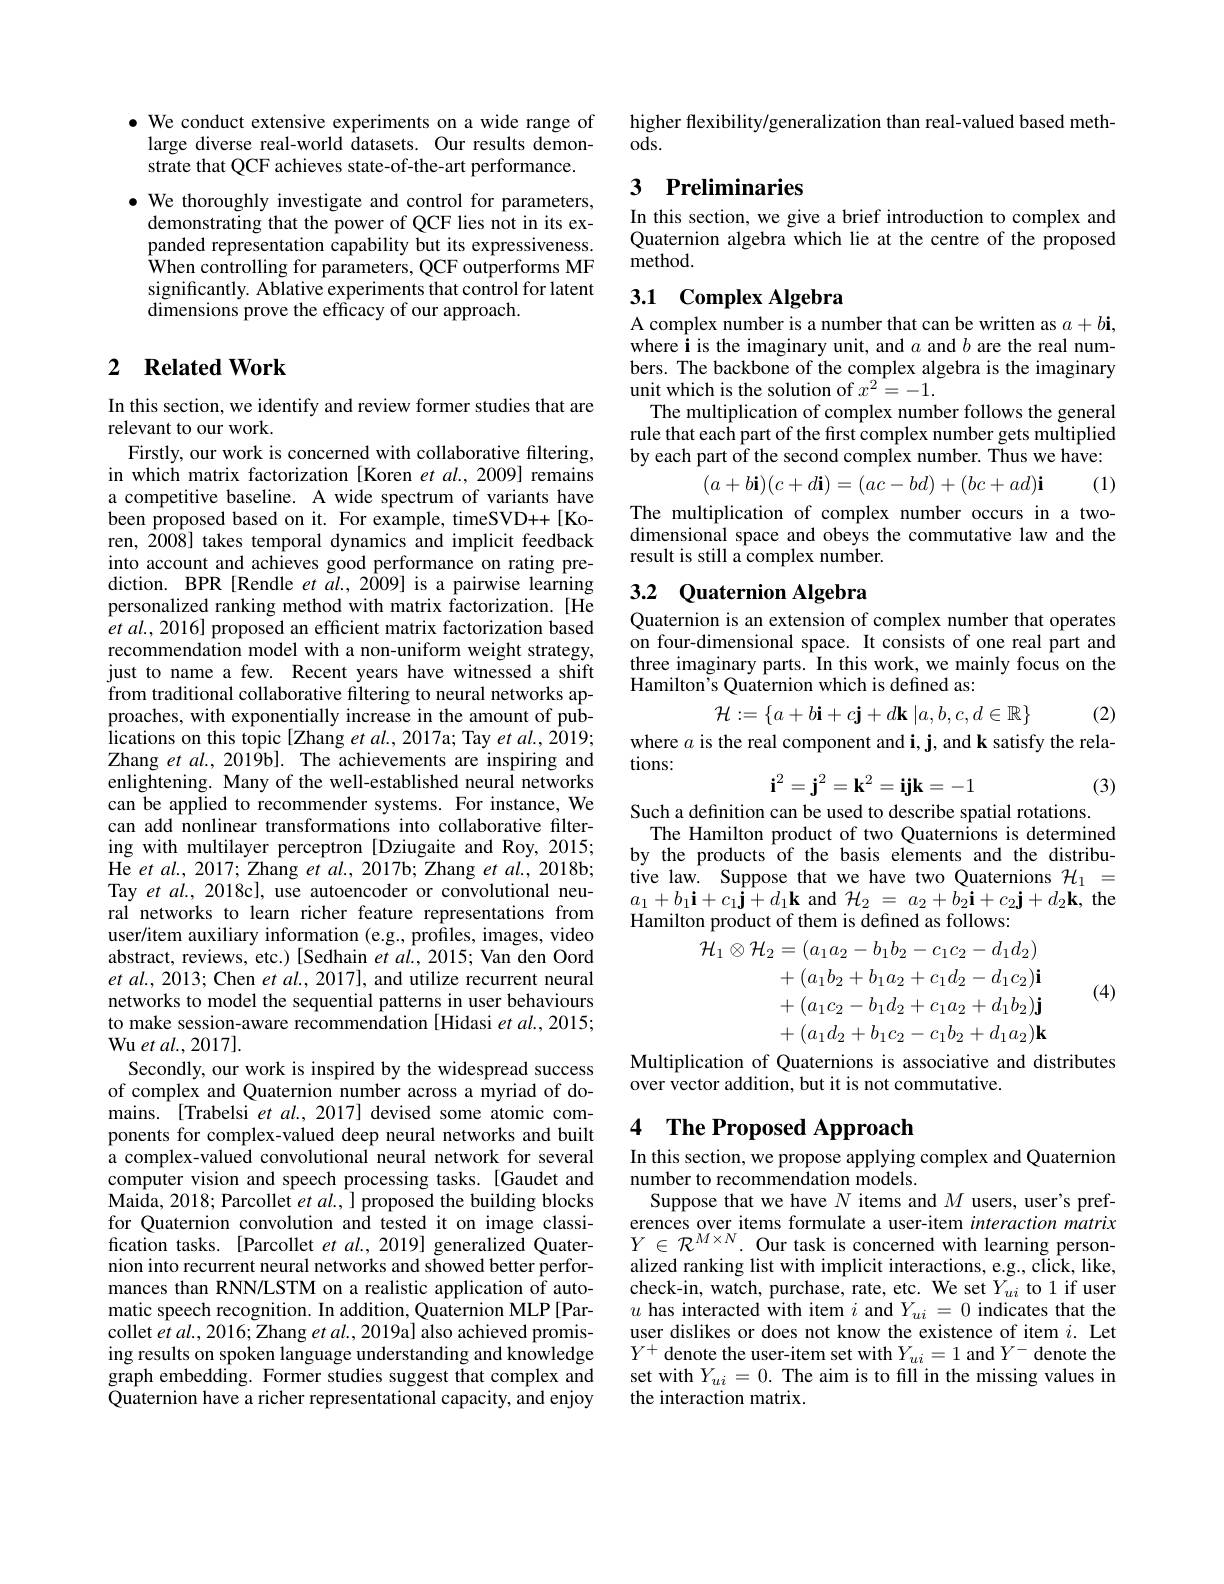
$\bullet$ We conduct extensive experiments on a wide range of
large diverse real-world datasets. Our results demon-
strate that QCF achieves state-of-the-art performance.

$\bullet$ We thoroughly investigate and control for parameters,
demonstrating that the power of QCF lies not in its expanded representation capability but its expressiveness. When controlling for parameters, QCF outperforms MF significantly. Ablative experiments that control for latent dimensions prove the efficacy of our approach.

## 2 Related Work

In this section, we identify and review former studies that are
relevant to our work.
Firstly, our work is concerned with collaborative filtering, in which matrix factorization [Koren $etal.,2009]$ remains a competitive baseline. A wide spectrum of variants have been proposed based on it. For example, timeSVD++[Ko-1] ren, 2008] takes temporal dynamics and implicit feedback into account and achieves good performance on rating prediction. BPR[Rendle et $al.,2009]$ is a pairwise learning personalized ranking method with matrix factorization. [He $etal.,2016]$ proposed an efficient matrix factorization based recommendation model with a non-uniform weight strategy, just to name a few. Recent years have witnessed a shift from traditional collaborative filtering to neural networks approaches, with exponentially increase in the amount of publications on this topic [Zhang et al., 2017a; Tay et al., 2019; Zhang $etal.,2019$bl. The achievements are inspiring and enlightening. Many of the well-established neural networks can be applied to recommender systems. For instance, We can add nonlinear transformations into collaborative filtering with multilayer perceptron [Dziugaite and Roy, 2015; ${\mathrm{He~et~al.,~2017;~Zhang~et~al.,~2017b;~Zhang~et~al.,~2018b;}}$ Tay et al., 2018c], use autoencoder or convolutional neural networks to learn richer feature representations from user/item auxiliary information (e.g., profiles, images, video abstract, reviews, etc.) [Sedhain et al., 2015; Van den Oord $et$ $al. , 2013;$ Chen $et$ $al. , 2017] $, and utilize recurrent neural networks to model the sequential patterns in user behaviours to make session-aware recommendation [Hidasi et al., 2015; $Wuetal.,2017].$
Secondly, our work is inspired by the widespread success of complex and Quaternion number across a myriad of domains. [Trabelsi et al., 2017] devised some atomic components for complex-valued deep neural networks and built a complex-valued convolutional neural network for several computer vision and speech processing tasks.[Gaudet and Maida, 2018; Parcollet $etal.$, ] proposed the building blocks for Quaternion convolution and tested it on image classification tasks. [Parcollet et al., 2019] generalized Quaternion into recurrent neural networks and showed better performances than RNN/LSTM on a realistic application of automatic speech recognition. In addition, Quaternion MLP[Parcollet et al., 2016; Zhang et al., 2019a] also achieved promising results on spoken language understanding and knowledge graph embedding. Former studies suggest that complex and Quaternion have a richer representational capacity, and enjoy

higher flexibility/generalization than real-valued based meth-
ods.

# 3 Preliminaries

In this section, we give a brief introduction to complex and Quaternion algebra which lie at the centre of the proposed ${\mathrm{method}}.$

## 3.1 Complex Algebra

A complex number is a number that can be written as $a+b\mathbf{i}$, where i is the imaginary unit, and $a$ and $b$ are the real numbers. The backbone of the complex algebra is the imaginary unit which is the solution of $x^2=-1.$
The multiplication of complex number follows the general rule that each part of the first complex number gets multiplied by each part of the second complex number. Thus we have:
$$(a+b\mathbf{i})(c+d\mathbf{i})=(ac-bd)+(bc+ad)\mathbf{i}$$
(1)

The multiplication of complex number occurs in a twodimensional space and obeys the commutative law and the result is still a complex number.

# 3.2 Quaternion Algebra

Quaternion is an extension of complex number that operates on four-dimensional space. It consists of one real part and three imaginary parts. In this work, we mainly focus on the Hamilton's Quaternion which is defined as:

(2)
$$\mathcal{H}:=\{a+b\mathbf{i}+c\mathbf{j}+d\mathbf{k}\:|a,b,c,d\in\mathbb{R}\}$$
where $a$ is the real component and i, j, and k satisfy the rela-
tions:
$$\mathbf{i}^2=\mathbf{j}^2=\mathbf{k}^2=\mathbf{ijk}=-1$$
(3)

Such a definition can be used to describe spatial rotations.
The Hamilton product of two Quaternions is determined by the products of the basis elements and the distributive law. Suppose that we have two Quaternions $\mathcal{H}_1=$ $a_{1}+b_{1}\mathbf{i}+c_{1}\mathbf{j}+d_{1}\mathbf{k}$ and$\mathcal{H} _2$ = $a_{2}+ b_{2}\mathbf{i} + c_{2}\mathbf{j} + d_{2}\mathbf{k} $,the Hamilton product of them is defined as follows:
$$\begin{aligned}\mathcal{H}_{1}\otimes\mathcal{H}_{2}&=(a_{1}a_{2}-b_{1}b_{2}-c_{1}c_{2}-d_{1}d_{2})\\&+(a_{1}b_{2}+b_{1}a_{2}+c_{1}d_{2}-d_{1}c_{2})\mathbf{i}\\&+(a_{1}c_{2}-b_{1}d_{2}+c_{1}a_{2}+d_{1}b_{2})\mathbf{j}\\&+(a_{1}d_{2}+b_{1}c_{2}-c_{1}b_{2}+d_{1}a_{2})\mathbf{k}\end{aligned}$$
(4)

Multiplication of Quaternions is associative and distributes
over vector addition, but it is not commutative.

# 4 The Proposed Approach

In this section, we propose applying complex and Quaternion
number to recommendation models.
Suppose that we have $N$ items and $M$ users, user's pref- $\begin{array}{ll}{\text{erences over items formulate a user-item}}\end{array}$ alized ranking list with implicit interactions, e.g., click, like, check-in, watch, purchase, rate, etc. We set $Y_{ui}$ to 1 if user $u$ has interacted with item $i$ and $Y_ui=0$ indicates that the user dislikes or does not know the existence of item $i.$ Let $Y^+$ denote the user-item set with $Y_ui=1$ and $Y^-$ denote the set with $Y_{ui}=0.$ The aim is to fill in the missing values in the interaction matrix.